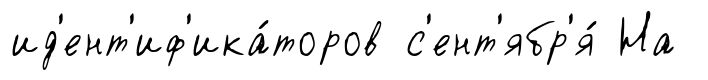
ид'ент'иф'ика́торов с'ент'ябр'я́ На